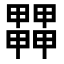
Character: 𤳵